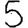
Digit: 5